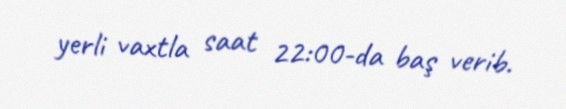
yerli vaxtla saat 22:00-da baş verib.